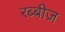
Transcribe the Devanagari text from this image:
रब्बीज़